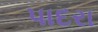
પાદરા